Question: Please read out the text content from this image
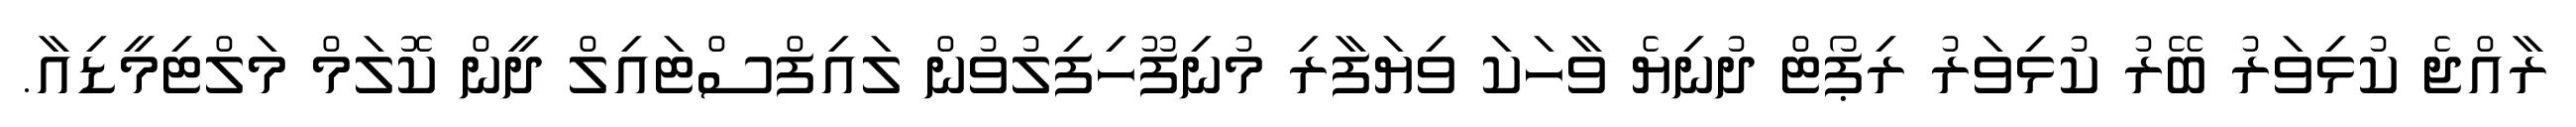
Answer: ރާއްޖެ ކުޅިވަރު ބޭރު ކުޅިވަރު ރިޕޯޓް ދުނިޔެ ވާހަކަ ވިޔަފާރި މުނިފޫހިފިލުވުން ލައިފްސްޓައިލް ދީން ކޮލަމް މަލްޓިމީޑިއާ.